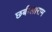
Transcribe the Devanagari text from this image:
छबीलाराम